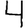
Digit: 4